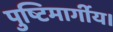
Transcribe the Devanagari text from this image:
पुष्टिमार्गीय।